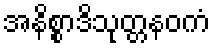
အနိစ္စာဒိသုတ္တနဝကံ